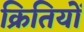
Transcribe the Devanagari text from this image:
क्रितियों